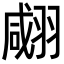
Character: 𦑘